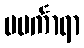
မမင်္ကာရာ